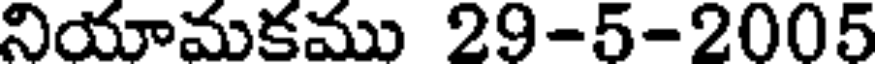
నియామకము 29-5-2005